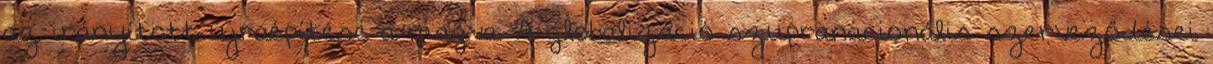
az irányított újraépítése a magva. A glo­ba­li­záció szupranacionális szerveződései